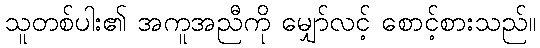
သူတစ်ပါး၏ အကူအညီကို မျှော်လင့် စောင့်စားသည်။